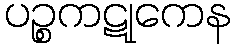
ပဉ္စကဋုကေန